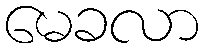
မေခလာ